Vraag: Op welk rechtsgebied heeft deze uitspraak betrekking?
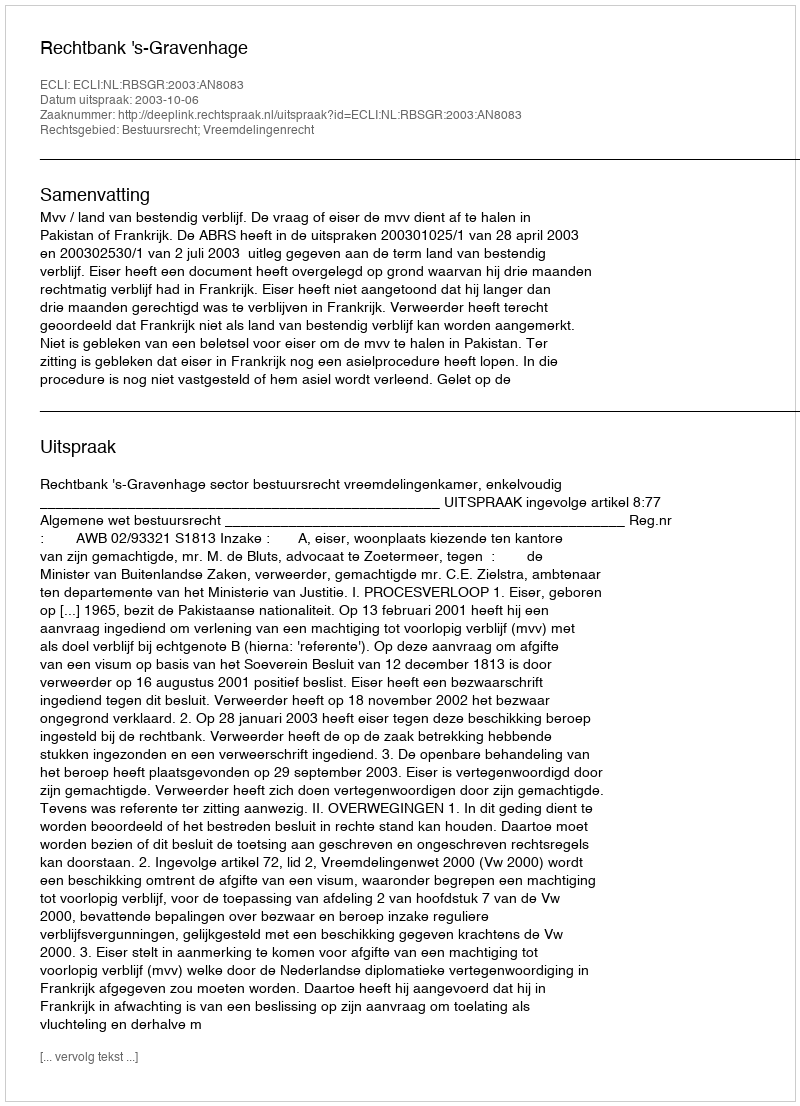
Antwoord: Bestuursrecht; Vreemdelingenrecht